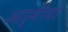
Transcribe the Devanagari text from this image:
आर्मीयों